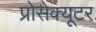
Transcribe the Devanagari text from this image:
प्रोसेक्यूटर